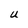
Character: U